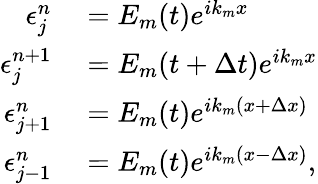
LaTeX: \begin{array}{rl}{\epsilon_{j}^{n}}&{{}=E_{m}(t)e^{ik_{m}x}}\\ {\epsilon_{j}^{n+1}}&{{}=E_{m}(t+\Delta t)e^{ik_{m}x}}\\ {\epsilon_{j+1}^{n}}&{{}=E_{m}(t)e^{ik_{m}(x+\Delta x)}}\\ {\epsilon_{j-1}^{n}}&{{}=E_{m}(t)e^{ik_{m}(x-\Delta x)},}\end{array}